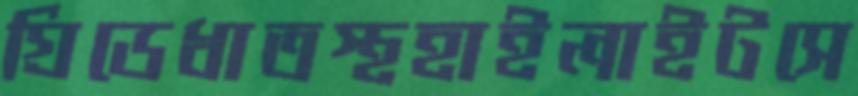
গ্রিডেধাতস্থহাইলাইটসে